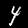
Label: 4